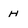
Character: H